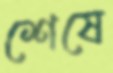
শেষে